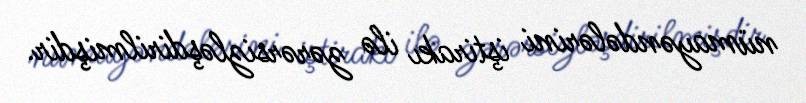
nümayəndələrini iştirakı ilə zərərsizləşdirilmişdir.